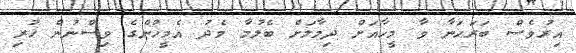
އިރުވެސް ބަރަހަނާ ވާ މީހާއަށް ދިމާލަށް ބެލުމާ މެދު އެމީހުންގެ ވިސްނުން ހުރި